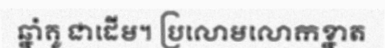
ឆ្នាំគូ ជាដើម។ ប្រលោមលោកខ្នាត